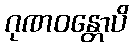
ဂုဏဝန္တောပိ